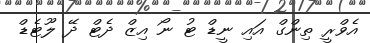
އެވްރީ ތިންގް އައި ނީޑް ޓު ނޯ އިޒް ދެޓް ދޭ ލޫޓެޑް